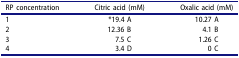
<table><thead><tr><td><b>RP concentration</b></td><td><b>Citric acid (mM)</b></td><td><b>Oxalic acid (mM)</b></td></tr></thead><tbody><tr><td>1</td><td>*19.4 A</td><td>10.27 A</td></tr><tr><td>2</td><td>12.36 B</td><td>4.1 B</td></tr><tr><td>3</td><td>7.5 C</td><td>1.26 C</td></tr><tr><td>4</td><td>3.4 D</td><td>0 C</td></tr></tbody></table>